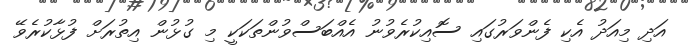
އަދި މިއަދު އެކި ފެންވަރުގައި ސޮއިކުރެވުނު އެއްބަސްވުންތަކަކީ މި ގުޅުން އިތުރަށް ފުޅާކުރެވޭ